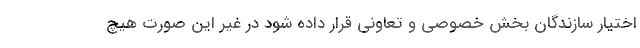
اختیار سازندگان بخش خصوصی و تعاونی قرار داده شود در غیر این صورت هیچ